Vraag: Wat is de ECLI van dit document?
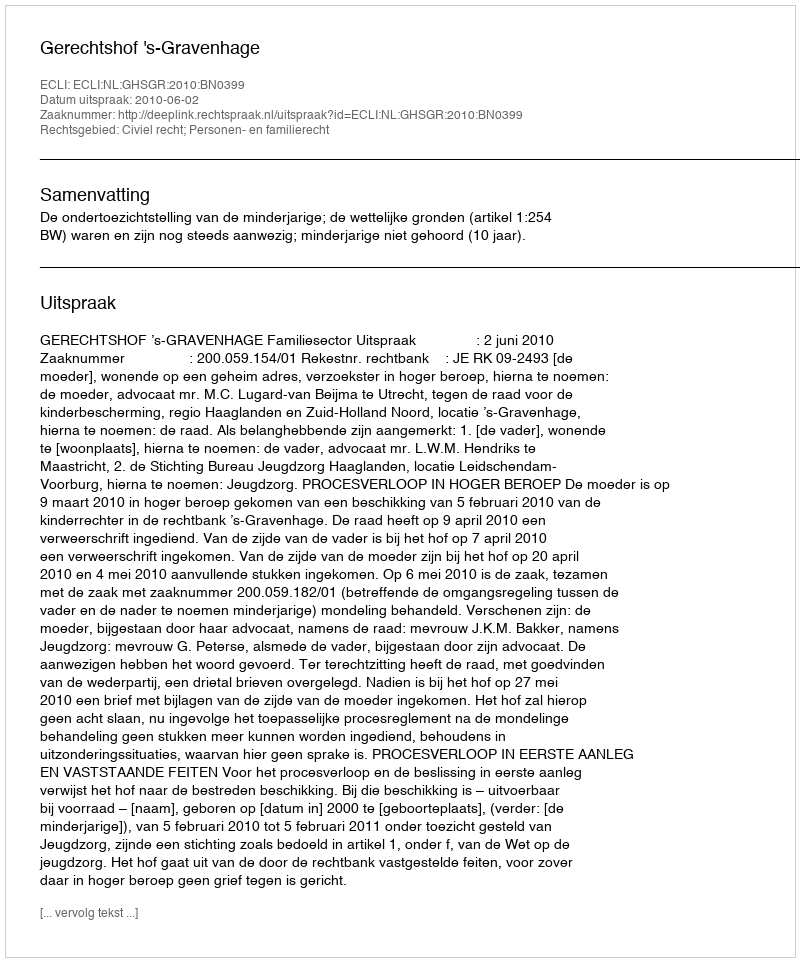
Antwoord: ECLI:NL:GHSGR:2010:BN0399